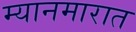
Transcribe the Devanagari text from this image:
म्यानमारात